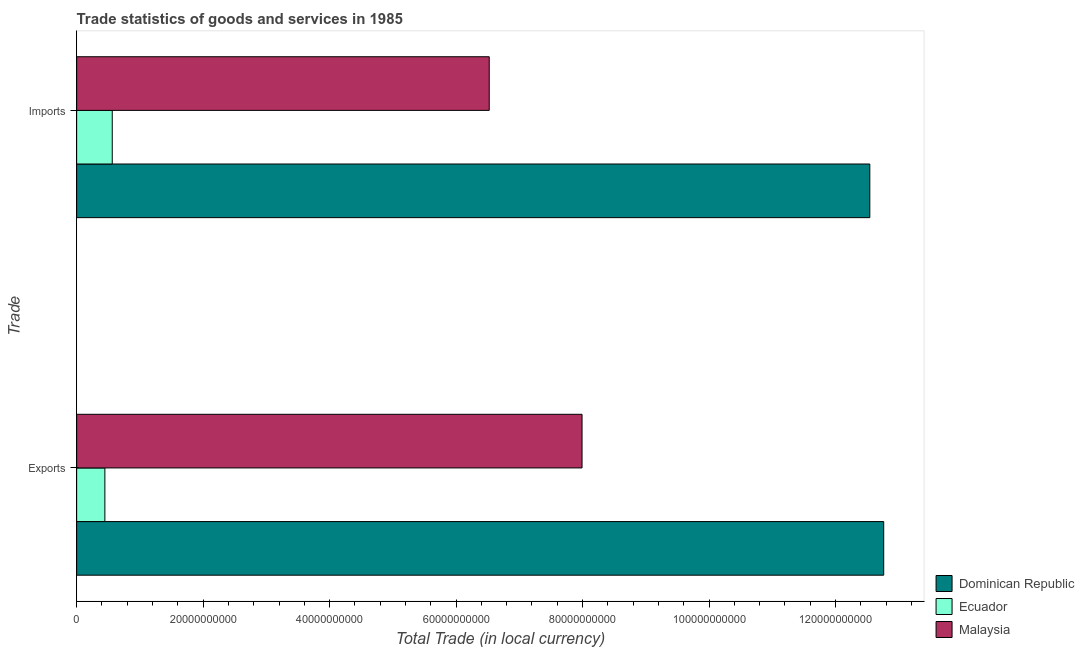
| Trade | Dominican Republic | Ecuador | Malaysia |
 | --- | --- | --- | --- |
 | Exports | 1.28e+11 | 4.46e+09 | 7.99e+10 |
 | Imports | 1.25e+11 | 5.63e+09 | 6.52e+10 |